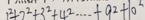
1 ^ { 2 } + 2 ^ { 2 } + 3 ^ { 2 } + 4 ^ { 2 } \cdots + 9 ^ { 2 } + 1 0 ^ { 2 }